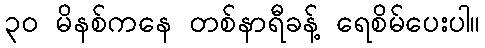
၃ဝ မိနစ်ကနေ တစ်နာရီခန့် ရေစိမ်ပေးပါ။